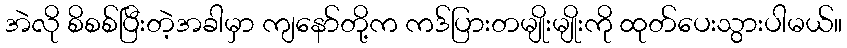
အဲလို စိစစ်ပြီးတဲ့အခါမှာ ကျနော်တို့က ကဒ်ပြားတမျိုးမျိုးကို ထုတ်ပေးသွားပါမယ်။